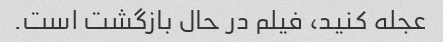
عجله کنید، فیلم در حال بازگشت است.